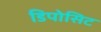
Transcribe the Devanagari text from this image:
डिपोसिट